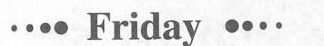
Friday